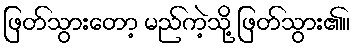
ဖြတ်သွားတော့ မည်ကဲ့သို့ ဖြတ်သွား၏။